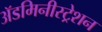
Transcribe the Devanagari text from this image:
ॲडमिनीस्ट्रेशन